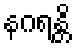
နဂရန္တိ